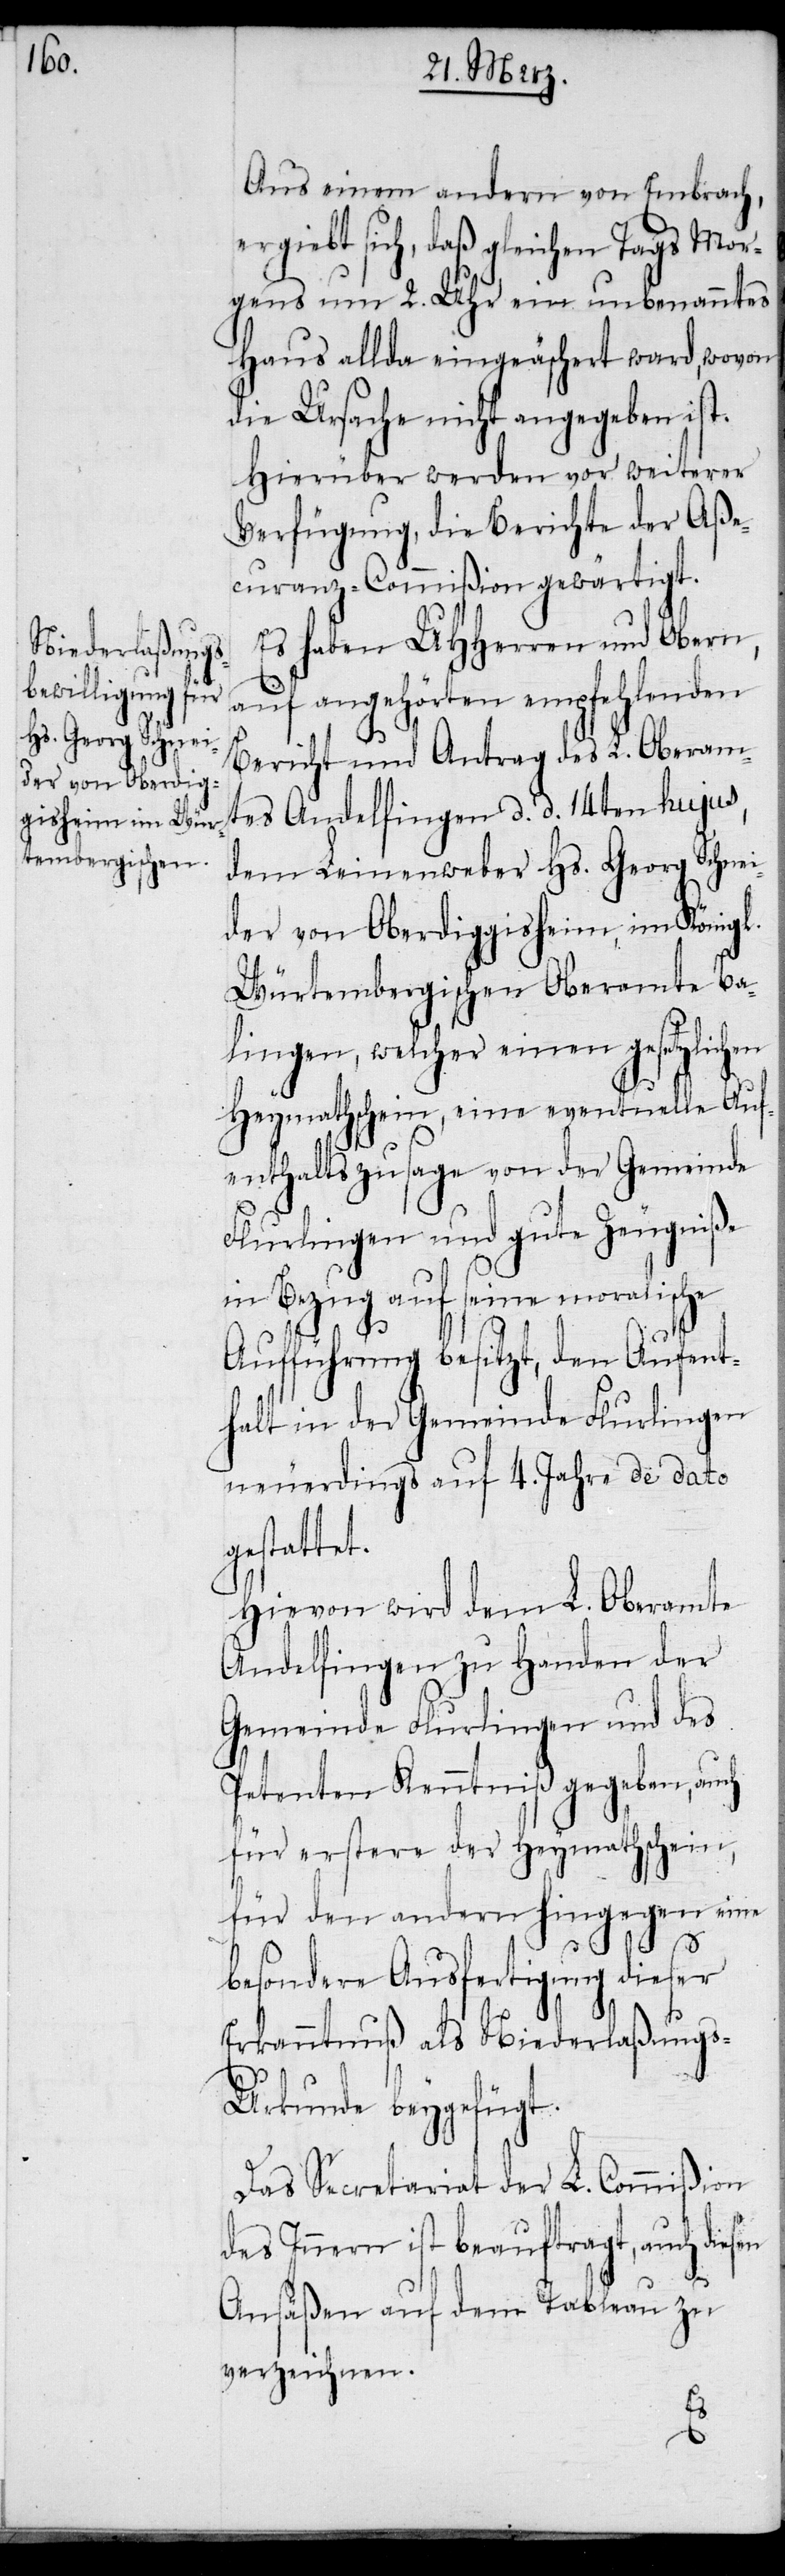
Aus einem andern von Embrach,
ergiebt sich, daß gleichen Tags Mor¬
gens um 2. Uhr ein unbenanntes
Haus allda eingeäschert ward, wovon
die Ursache nicht angegeben ist.
Hierüber werden vor weiterer
Verfügung, die Berichte der Aße¬
curanz-Commißion gewärtigt.
Es haben UHHerren und Obern,
auf angehörten empfehlenden
Bericht und Antrag des L. Oberam¬
tes Andelfingen d. d. 14ten hujus,
dem Leinenweber Hs. Georg Schnei¬
der von Oberdiggisheim, im Königl.
Würtembergischen Oberamte Ba¬
lingen, welcher einen gesetzlichen
Heymathschein, eine eventuelle Auf¬
enthaltszusage von der Gemeinde
Flurlingen und gute Zeugniße
in Bezug auf seine moralische
Aufführung besitzt, den Aufent¬
halt in der Gemeinde Flurlingen
neuerdings auf 4. Jahre de dato
gestattet.
Hievon wird dem L. Oberamte
Andelfingen zu Handen der
Gemeinde Flurlingen und des
Petenten Kenntniß gegeben, auch
für erstere der Heymathschein,
für den andern hingegen eine
en
besondere Ausfertigung dieser
Erkanntnuß als Niederlaßung¬
s-Urkunde beygefügt.
Das Secretariat der L. Commißion
des Innern ist beauftragt, auch dies¬
Ansäßen auf dem Tableau zu
verzeichnen.